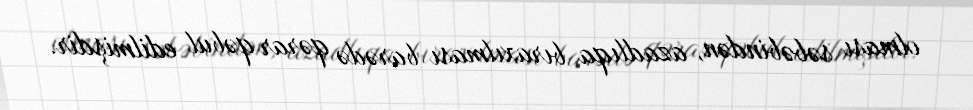
olması səbəbindən, azadlıqa bıraxılması barədə qərar qəbul edilmişdir.